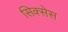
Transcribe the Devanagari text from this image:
सिक्सेस